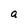
Character: a